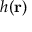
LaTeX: h ( \mathbf { r } )